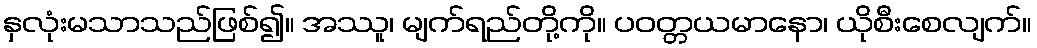
နှလုံးမသာသည်ဖြစ်၍။ အဿူ၊ မျက်ရည်တို့ကို။ ပဝတ္တယမာနော၊ ယိုစီးစေလျက်။